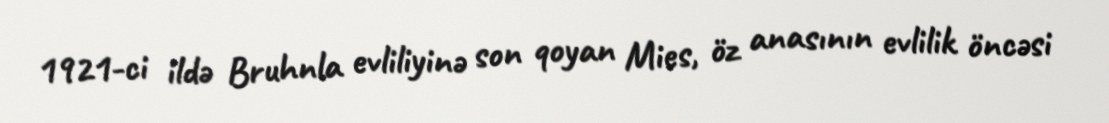
1921-ci ildə Bruhnla evliliyinə son qoyan Mies, öz anasının evlilik öncəsi